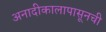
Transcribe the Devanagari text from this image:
अनादीकालापासूनची